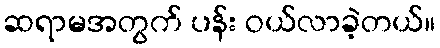
ဆရာမအတွက် ပန်း ဝယ်လာခဲ့တယ်။